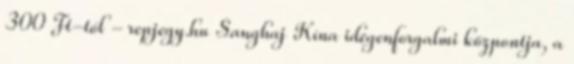
300 Ft-tól - repjegy.hu Sanghaj Kína idegenforgalmi központja, a